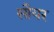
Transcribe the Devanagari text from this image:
सौयर